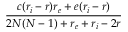
\frac { c ( r _ { i } - r ) r _ { e } + e ( r _ { i } - r ) } { 2 N ( N - 1 ) + r _ { e } + r _ { i } - 2 r }